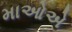
માઓએ